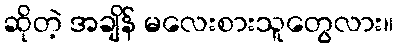
ဆိုတဲ့ အချိန် မလေးစားသူတွေလား။